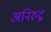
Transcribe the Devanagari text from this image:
अनिरुद्व